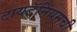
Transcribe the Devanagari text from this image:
टायटॅनियमची